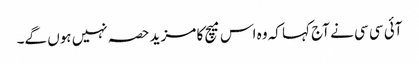
آئی سی سی نے آج کہا کہ وہ اس میچ کا مزید حصہ نہیں ہوں گے۔